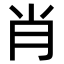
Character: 肖